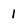
Character: 1